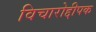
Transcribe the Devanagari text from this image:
विचारोद्दीपक